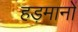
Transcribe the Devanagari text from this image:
हड़मानों